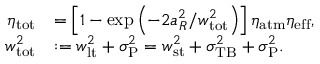
\begin{array} { r l } { \eta _ { \mathrm { t o t } } } & { = \left[ 1 - \exp \left( - 2 a _ { R } ^ { 2 } / w _ { \mathrm { t o t } } ^ { 2 } \right) \right] \eta _ { \mathrm { a t m } } \eta _ { \mathrm { e f f } } , } \\ { w _ { \mathrm { t o t } } ^ { 2 } } & { : = w _ { \mathrm { l t } } ^ { 2 } + \sigma _ { \mathrm { P } } ^ { 2 } = w _ { \mathrm { s t } } ^ { 2 } + \sigma _ { \mathrm { T B } } ^ { 2 } + \sigma _ { \mathrm { P } } ^ { 2 } . } \end{array}